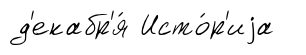
д'екабр'я́ Исто́р'иjа